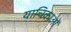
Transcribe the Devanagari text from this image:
याचिकाओँ